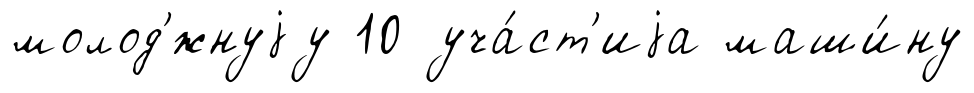
молод'́жнуjу 10 уча́ст'иjа маши́ну